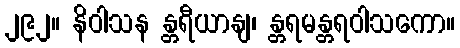
၂၉၂။ နိဝါသန န္တရီယာနျ၊ န္တရမန္တရဝါသကော။